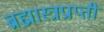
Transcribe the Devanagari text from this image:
ब्रह्मास्त्रप्राप्ती